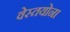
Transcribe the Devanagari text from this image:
वेस्तयोना